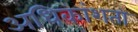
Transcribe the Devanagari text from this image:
अधिकांशता